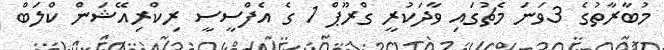
މުބާރާތުގެ 3ވަނަ މެޗުގައި ވާދަކުރީ ގްރޫޕް 1 ގެ އެފްސީސީ ރިކްރިއޭޝަން ކްލަބް